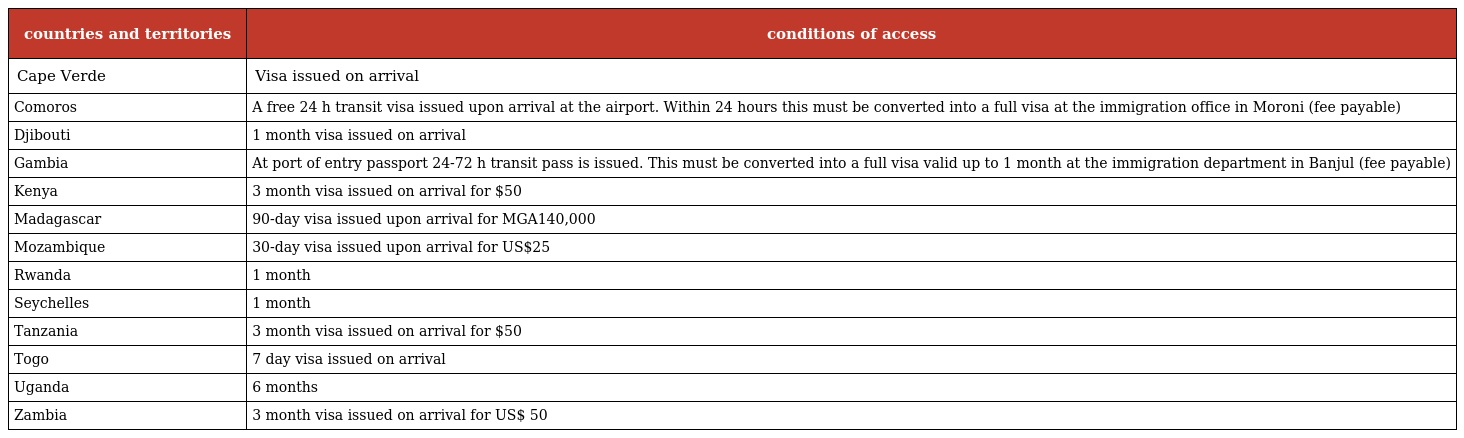
| countries and territories | conditions of access |
 | --- | --- |
 | Cape Verde | Visa issued on arrival |
 | Comoros | A free 24 h transit visa issued upon arrival at the airport. Within 24 hours this must be converted into a full visa at the immigration office in Moroni (fee payable) |
 | Djibouti | 1 month visa issued on arrival |
 | Gambia | At port of entry passport 24-72 h transit pass is issued. This must be converted into a full visa valid up to 1 month at the immigration department in Banjul (fee payable) |
 | Kenya | 3 month visa issued on arrival for $50 |
 | Madagascar | 90-day visa issued upon arrival for MGA140,000 |
 | Mozambique | 30-day visa issued upon arrival for US$25 |
 | Rwanda | 1 month |
 | Seychelles | 1 month |
 | Tanzania | 3 month visa issued on arrival for $50 |
 | Togo | 7 day visa issued on arrival |
 | Uganda | 6 months |
 | Zambia | 3 month visa issued on arrival for US$ 50 |